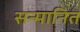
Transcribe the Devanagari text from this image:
सन्‍मानित